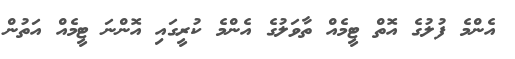
އެންމެ ފުލުގެ އޮތް ޓީމެއް ތާވަލުގެ އެންމެ ކުރީގައި އޮންނަ ޓީމެއް އަތުން